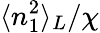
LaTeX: \langle n_{1}^{2}\rangle_{L}/\chi